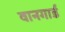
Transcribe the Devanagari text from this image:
वानगार्ड